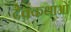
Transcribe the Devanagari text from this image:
देवकथाओं